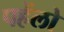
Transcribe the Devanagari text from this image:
पहेंलो